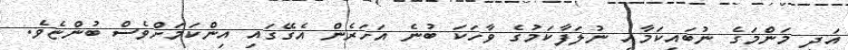
އަދި މަންމަގެ ނުބައިކަމާއި ނުލަފާކަމުގެ ވާހަކަ ބުނެ އަހަރެން އެގޭގައި އިންކަމަށްވެސް ބުންޏެވެ.